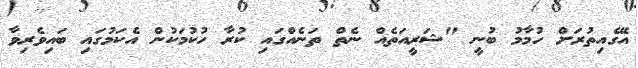
އޭގެއިތުރަށް ހުމާމު ބުނީ "ޝަރީއަތެއް ނެތް ތަނެއްގައި ކުރާ ހުކުމަކުން އެކަމުގައި ބައިވެރިވާ